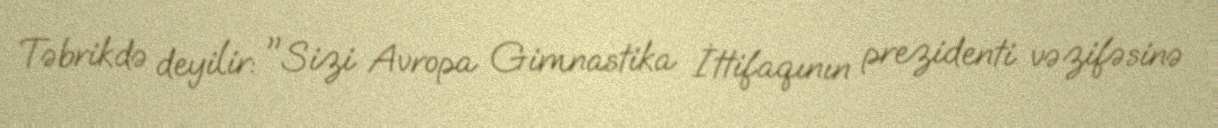
Təbrikdə deyilir: "Sizi Avropa Gimnastika İttifaqının prezidenti vəzifəsinə